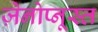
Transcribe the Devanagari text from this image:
ज़ेनोप्नूस्त